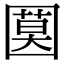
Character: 𡈗